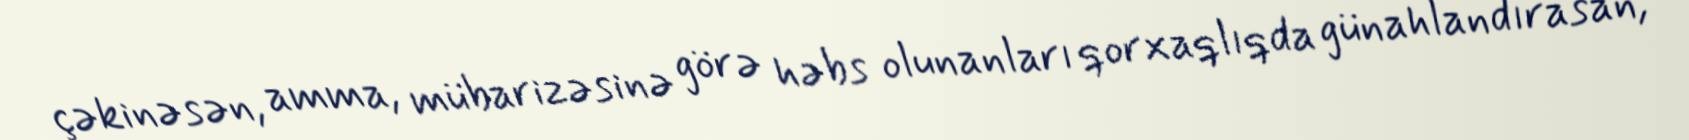
çəkinəsən, amma, mübarizəsinə görə həbs olunanları qorxaqlıqda günahlandırasan,